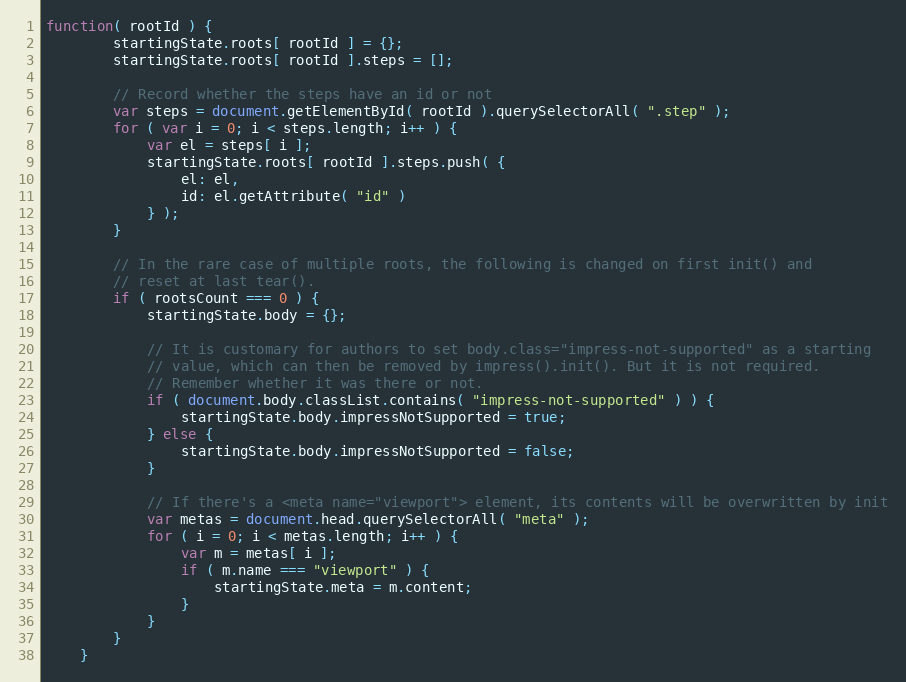
Language: JavaScript
function( rootId ) {
        startingState.roots[ rootId ] = {};
        startingState.roots[ rootId ].steps = [];

        // Record whether the steps have an id or not
        var steps = document.getElementById( rootId ).querySelectorAll( ".step" );
        for ( var i = 0; i < steps.length; i++ ) {
            var el = steps[ i ];
            startingState.roots[ rootId ].steps.push( {
                el: el,
                id: el.getAttribute( "id" )
            } );
        }

        // In the rare case of multiple roots, the following is changed on first init() and
        // reset at last tear().
        if ( rootsCount === 0 ) {
            startingState.body = {};

            // It is customary for authors to set body.class="impress-not-supported" as a starting
            // value, which can then be removed by impress().init(). But it is not required.
            // Remember whether it was there or not.
            if ( document.body.classList.contains( "impress-not-supported" ) ) {
                startingState.body.impressNotSupported = true;
            } else {
                startingState.body.impressNotSupported = false;
            }

            // If there's a <meta name="viewport"> element, its contents will be overwritten by init
            var metas = document.head.querySelectorAll( "meta" );
            for ( i = 0; i < metas.length; i++ ) {
                var m = metas[ i ];
                if ( m.name === "viewport" ) {
                    startingState.meta = m.content;
                }
            }
        }
    }